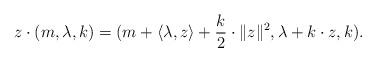
LaTeX: \begin{align*}z \cdot (m,\lambda, k) = (m + \langle \lambda, z \rangle + \frac{k}{2} \cdot \|z\|^{2}, \lambda+ k \cdot z, k). \end{align*}